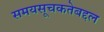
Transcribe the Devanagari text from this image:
समयसूचकतेबद्दल